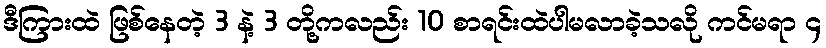
ဒီကြားထဲ ဖြစ်နေတဲ့ 3 နဲ့ 3 တို့ကလည်း 10 စာရင်းထဲပါမလာခဲ့သလို ကင်မရာ ၄